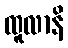
ထူလာနိ